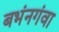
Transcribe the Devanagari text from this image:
बभंनगंवा